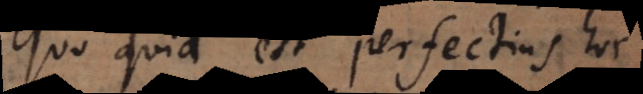
Quo quid est perfectius,